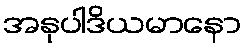
အနုပါဒိယမာနော